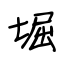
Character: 堀